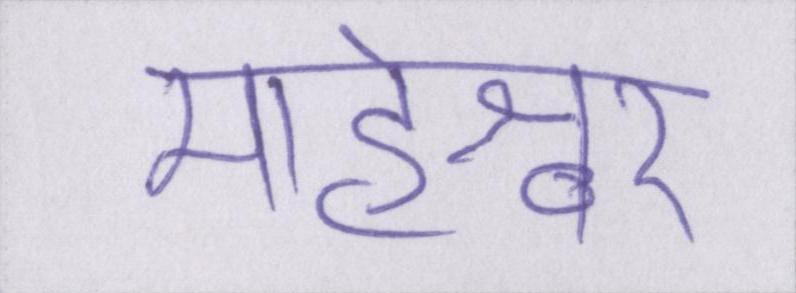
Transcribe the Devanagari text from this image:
माहेश्वर